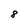
Character: 8